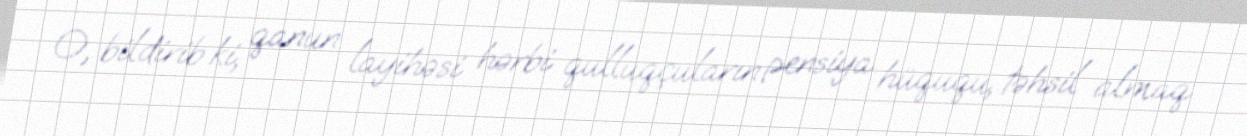
O, bildirib ki, qanun layihəsi hərbi qulluqçuların pensiya hüququ, təhsil almaq